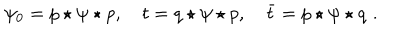
\psi _ { 0 } = p \star \psi \star p , \quad t = q \star \psi \star p , \quad \bar { t } = p \star \psi \star q \, \, .